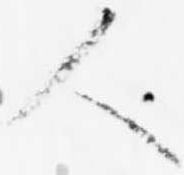
人